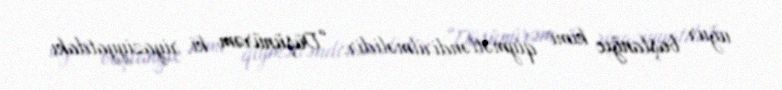
uğur başlanğıc kimi qiymətləndirilməlidir: “Düşünürəm ki, riyaziyyatdakı